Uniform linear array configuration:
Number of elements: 32
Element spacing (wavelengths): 1
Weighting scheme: binomial
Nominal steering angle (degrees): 60
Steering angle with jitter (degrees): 58.366
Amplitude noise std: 0.05
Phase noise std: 0.05

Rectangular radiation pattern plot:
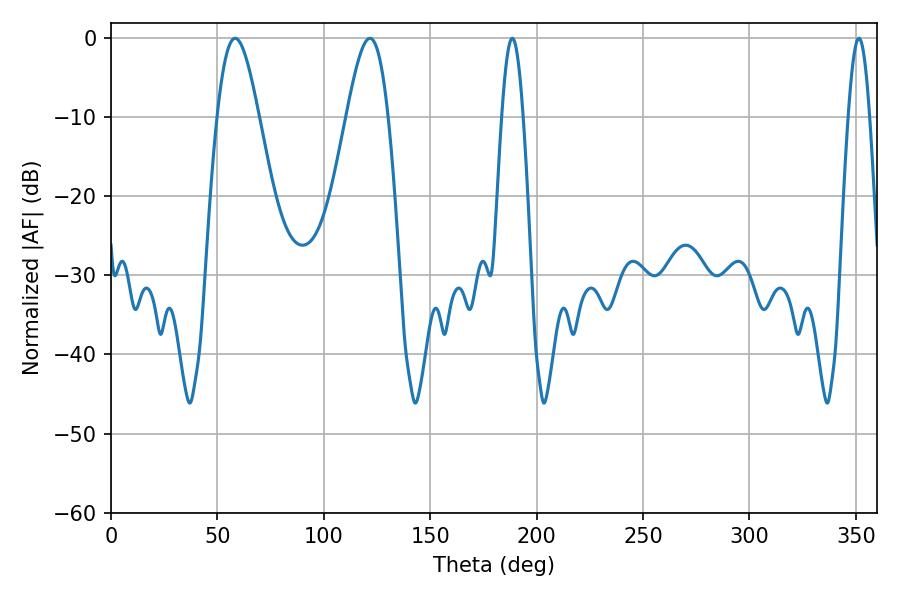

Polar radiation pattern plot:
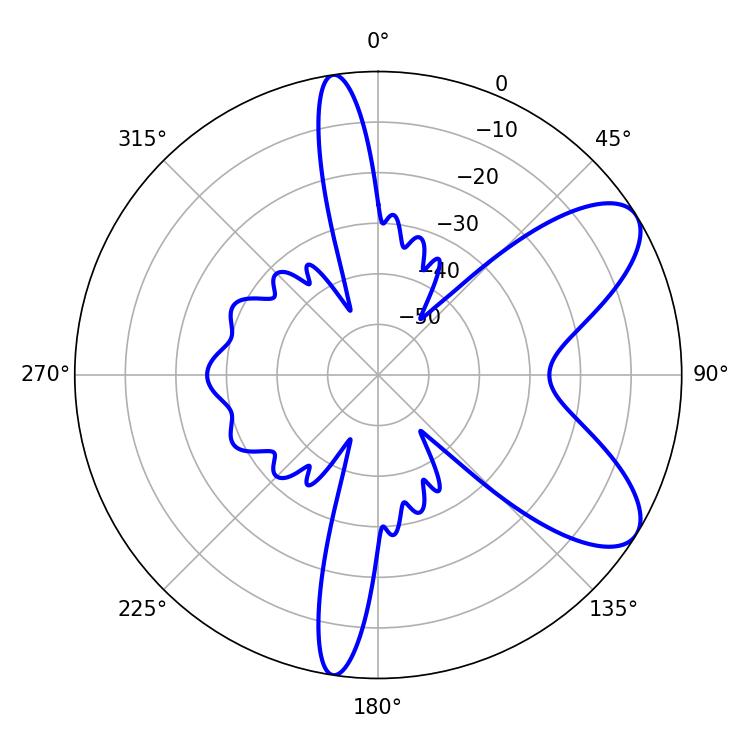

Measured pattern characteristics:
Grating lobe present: TRUE
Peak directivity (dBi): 8.053
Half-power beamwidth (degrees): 10.44
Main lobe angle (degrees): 58.32